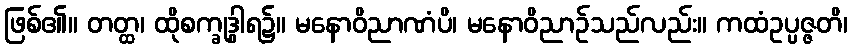
ဖြစ်၏။ တတ္ထ၊ ထိုစက္ခုဒွါရ၌။ မနောဝိညာဏံပိ၊ မနောဝိညာဉ်သည်လည်း။ ကထံဥပ္ပဇ္ဇတိ၊